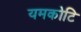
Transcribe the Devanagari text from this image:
यमकोटि